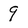
Character: 9